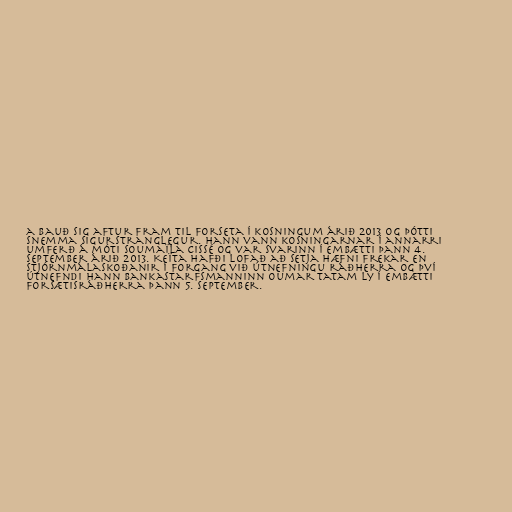
a bauð sig aftur fram til forseta í kosningum árið 2013 og þótti
snemma sigurstranglegur. Hann vann kosningarnar í annarri
umferð á móti Soumaïla Cissé og var svarinn í embætti þann 4.
september árið 2013. Keïta hafði lofað að setja hæfni frekar en
stjórnmálaskoðanir í forgang við útnefningu ráðherra og því
útnefndi hann bankastarfsmanninn Oumar Tatam Ly í embætti
forsætisráðherra þann 5. september.